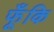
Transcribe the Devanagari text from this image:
फूँकि